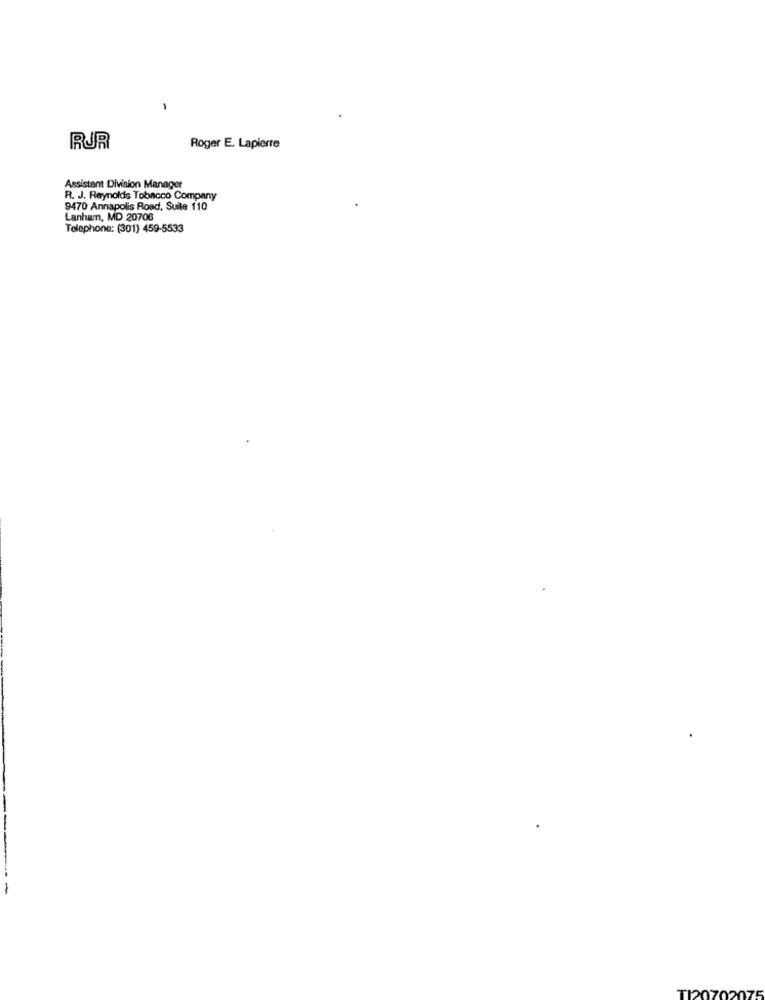
RUR
Roger E. Lapierre
Assistant Division Manager
R. J. Reynolds Tobacco Company
9470 Annapolis Road, Suile 110
Lanham, MD 20706
Telephone: (301) 459-5533